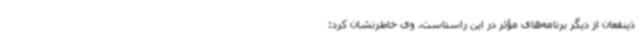
ذینفعان از دیگر برنامه‌های مؤثر در این راستاست. وی خاطرنشان کرد: